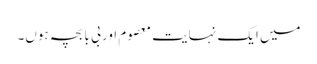
میں ایک نہایت معصوم اور بی با بچہ ہوں۔